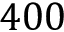
4 0 0